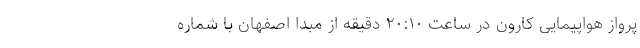
پرواز هواپیمایی کارون در ساعت ۲۰:۱۰ دقیقه از مبدا اصفهان با شماره